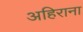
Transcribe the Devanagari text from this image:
अहिराना